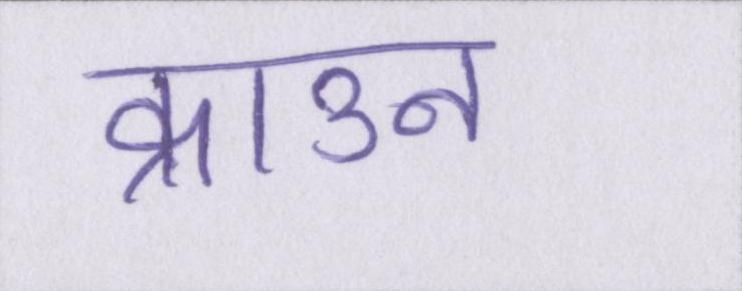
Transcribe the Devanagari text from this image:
क्राउन